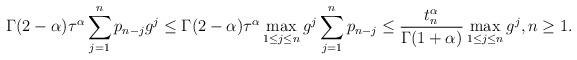
LaTeX: \begin{align*}\Gamma(2-\alpha)\tau^{\alpha}\sum_{j=1}^{n}p_{n-j}g^j\leq \Gamma(2-\alpha)\tau^{\alpha}\max_{1\leq j\leq n}g^j\sum_{j=1}^{n}p_{n-j}\leq \frac{t_n^{\alpha}}{\Gamma(1+\alpha)}\max_{1\leq j\leq n}g^j,n\geq1.\end{align*}